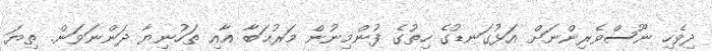
ދިވެހި ނޫސްވެރިންނަށް އަޅުގަނޑުގެ ހިތުގެ ފުންމިނުން މަރުޙަބާ އާއި ތަހުނިޔާ ދަންނަވަން. ތިޔަ